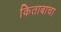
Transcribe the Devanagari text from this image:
किताबाचा